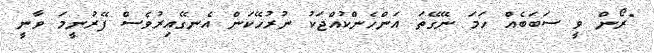
"ރޯން ވީ ސަބަބެއް ހަމަ ނޭގޭތަ އަންހެންކުއްޖަކު ނުރުހޭކަން އެނގޭއިރުވެސް ފޭރުނީމަ ވާނީ